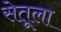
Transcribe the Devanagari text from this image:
सेतूला